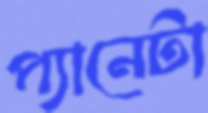
প্যানেটা